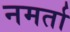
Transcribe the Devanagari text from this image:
नमर्ता